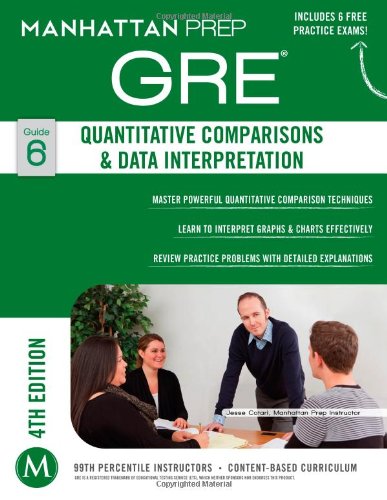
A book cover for GRE Quantitative Comparisons & Data Interpretation (Manhattan Prep GRE Strategy Guides); Manhattan Prep; Test Preparation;